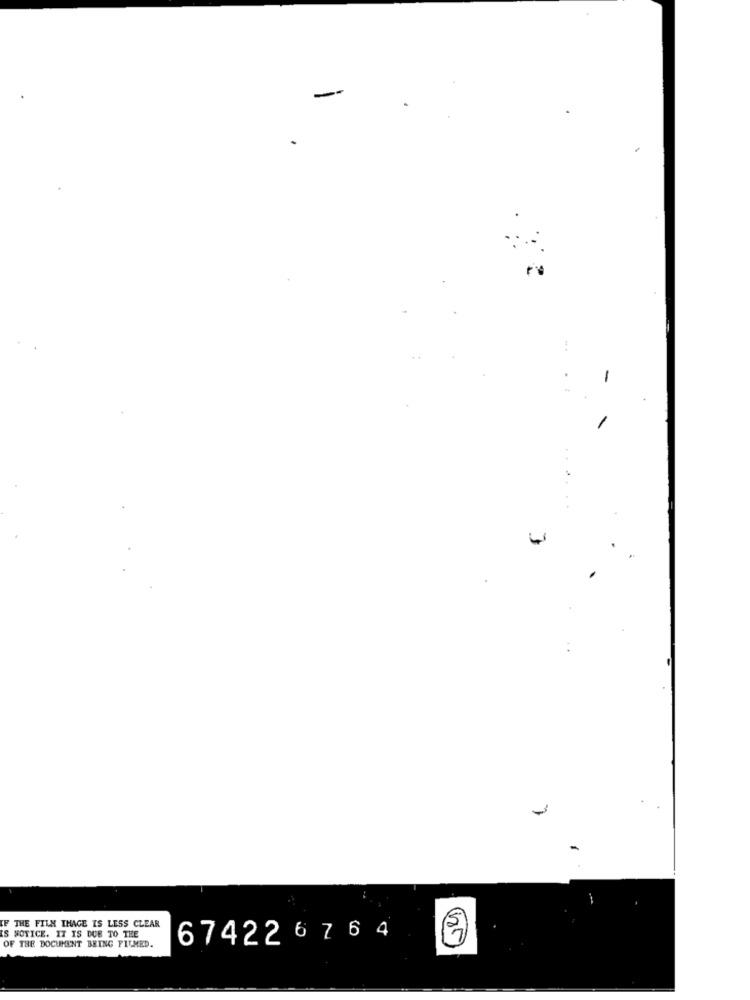
-
-
THE FILM THAGE IS LESS CLEAR
S NOTICE. IT IS DUE TO THE
67422 6 76 4
OF THE DOCUMENT BEING FITMED.